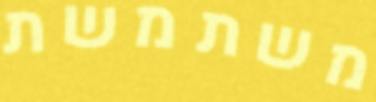
משתמשת